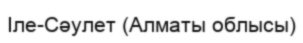
Іле-Сәулет (Алматы облысы)